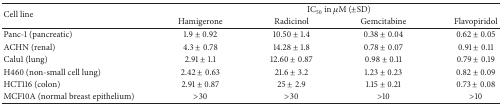
| <ROWSPAN=2> Cell line | <COLSPAN=4> IC50 in μM (±SD) |
 | Hamigerone | Radicinol | Gemcitabine | Flavopiridol |
 | --- | --- | --- | --- | --- |
 | Panc-1 (pancreatic) | 1.9 ± 0.92 | 10.50 ± 1.4 | 0.38 ± 0.04 | 0.62 ± 0.05 |
 | ACHN (renal) | 4.3 ± 0.78 | 14.28 ± 1.8 | 0.78 ± 0.07 | 0.91 ± 0.11 |
 | Calu1 (lung) | 2.91 ± 1.1 | 12.60 ± 0.87 | 0.98 ± 0.11 | 0.79 ± 0.19 |
 | H460 (non-small cell lung) | 2.42 ± 0.63 | 21.6 ± 3.2 | 1.23 ± 0.23 | 0.82 ± 0.09 |
 | HCT116 (colon) | 2.91 ± 0.87 | 25 ± 2.9 | 1.15 ± 0.21 | 0.73 ± 0.08 |
 | MCF10A (normal breast epithelium) | >30 | >30 | >10 | >10 |